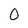
Character: 0